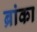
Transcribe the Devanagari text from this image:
ब्रांका